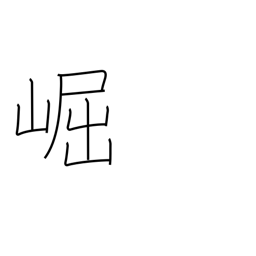
Meaning: high & lofty (mountains)